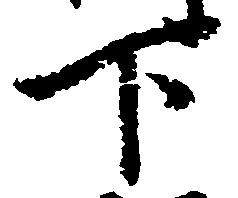
下